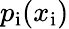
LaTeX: p_{\mathrm{i}}(x_{\mathrm{i}})